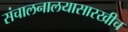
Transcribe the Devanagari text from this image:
संचालनालयासारखीच